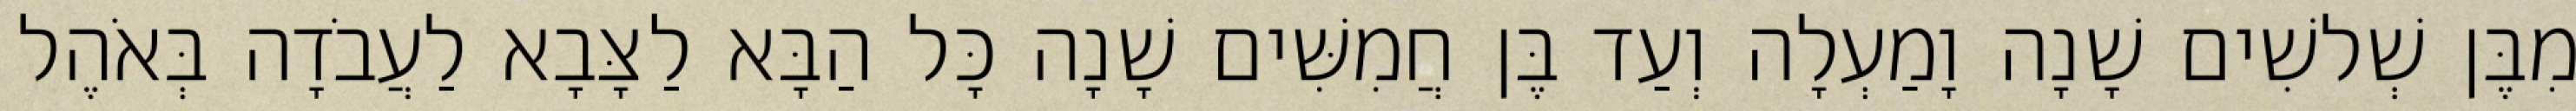
מִבֶּן שְׁלשִׁים שָׁנָה וָמַעְלָה וְעַד בֶּן חֲמִשִּׁים שָׁנָה כָּל הַבָּא לַצָּבָא לַעֲבֹדָה בְּאֹהֶל